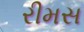
રીમસ